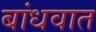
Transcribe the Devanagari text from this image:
बांधवात